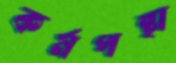
কর্মপন্থা